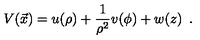
V ( \vec { x } ) = u ( \rho ) + { \frac { 1 } { \rho ^ { 2 } } } v ( \phi ) + w ( z ) \enspace .